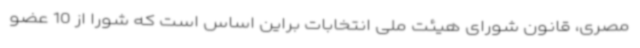
مصری، قانون شورای هیئت ملی انتخابات براین اساس است که شورا از 10 عضو